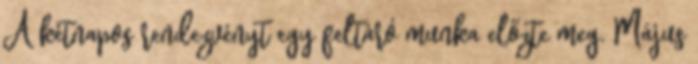
A kétnapos rendezvényt egy feltáró munka előzte meg. Május